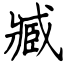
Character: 臧